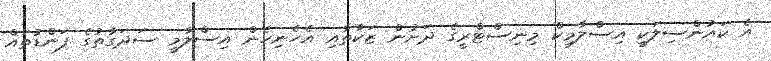
އެ ކައުންސިލަކީ އިސްލާމިކް މިނިސްޓްރީގެ ދަށުން ޒަކާތާއި އެހެނިހެން އިސްލާމީ ސަދަގާތުގެ ފަންޑުތައް